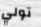
تولي